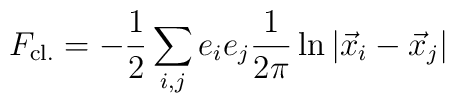
F_{\rm cl.}=-\frac{1}{2}\sum_{i,j}e_ie_j\frac{1}{2\pi}\ln\vert\vec x_i- \vec x_j \vert